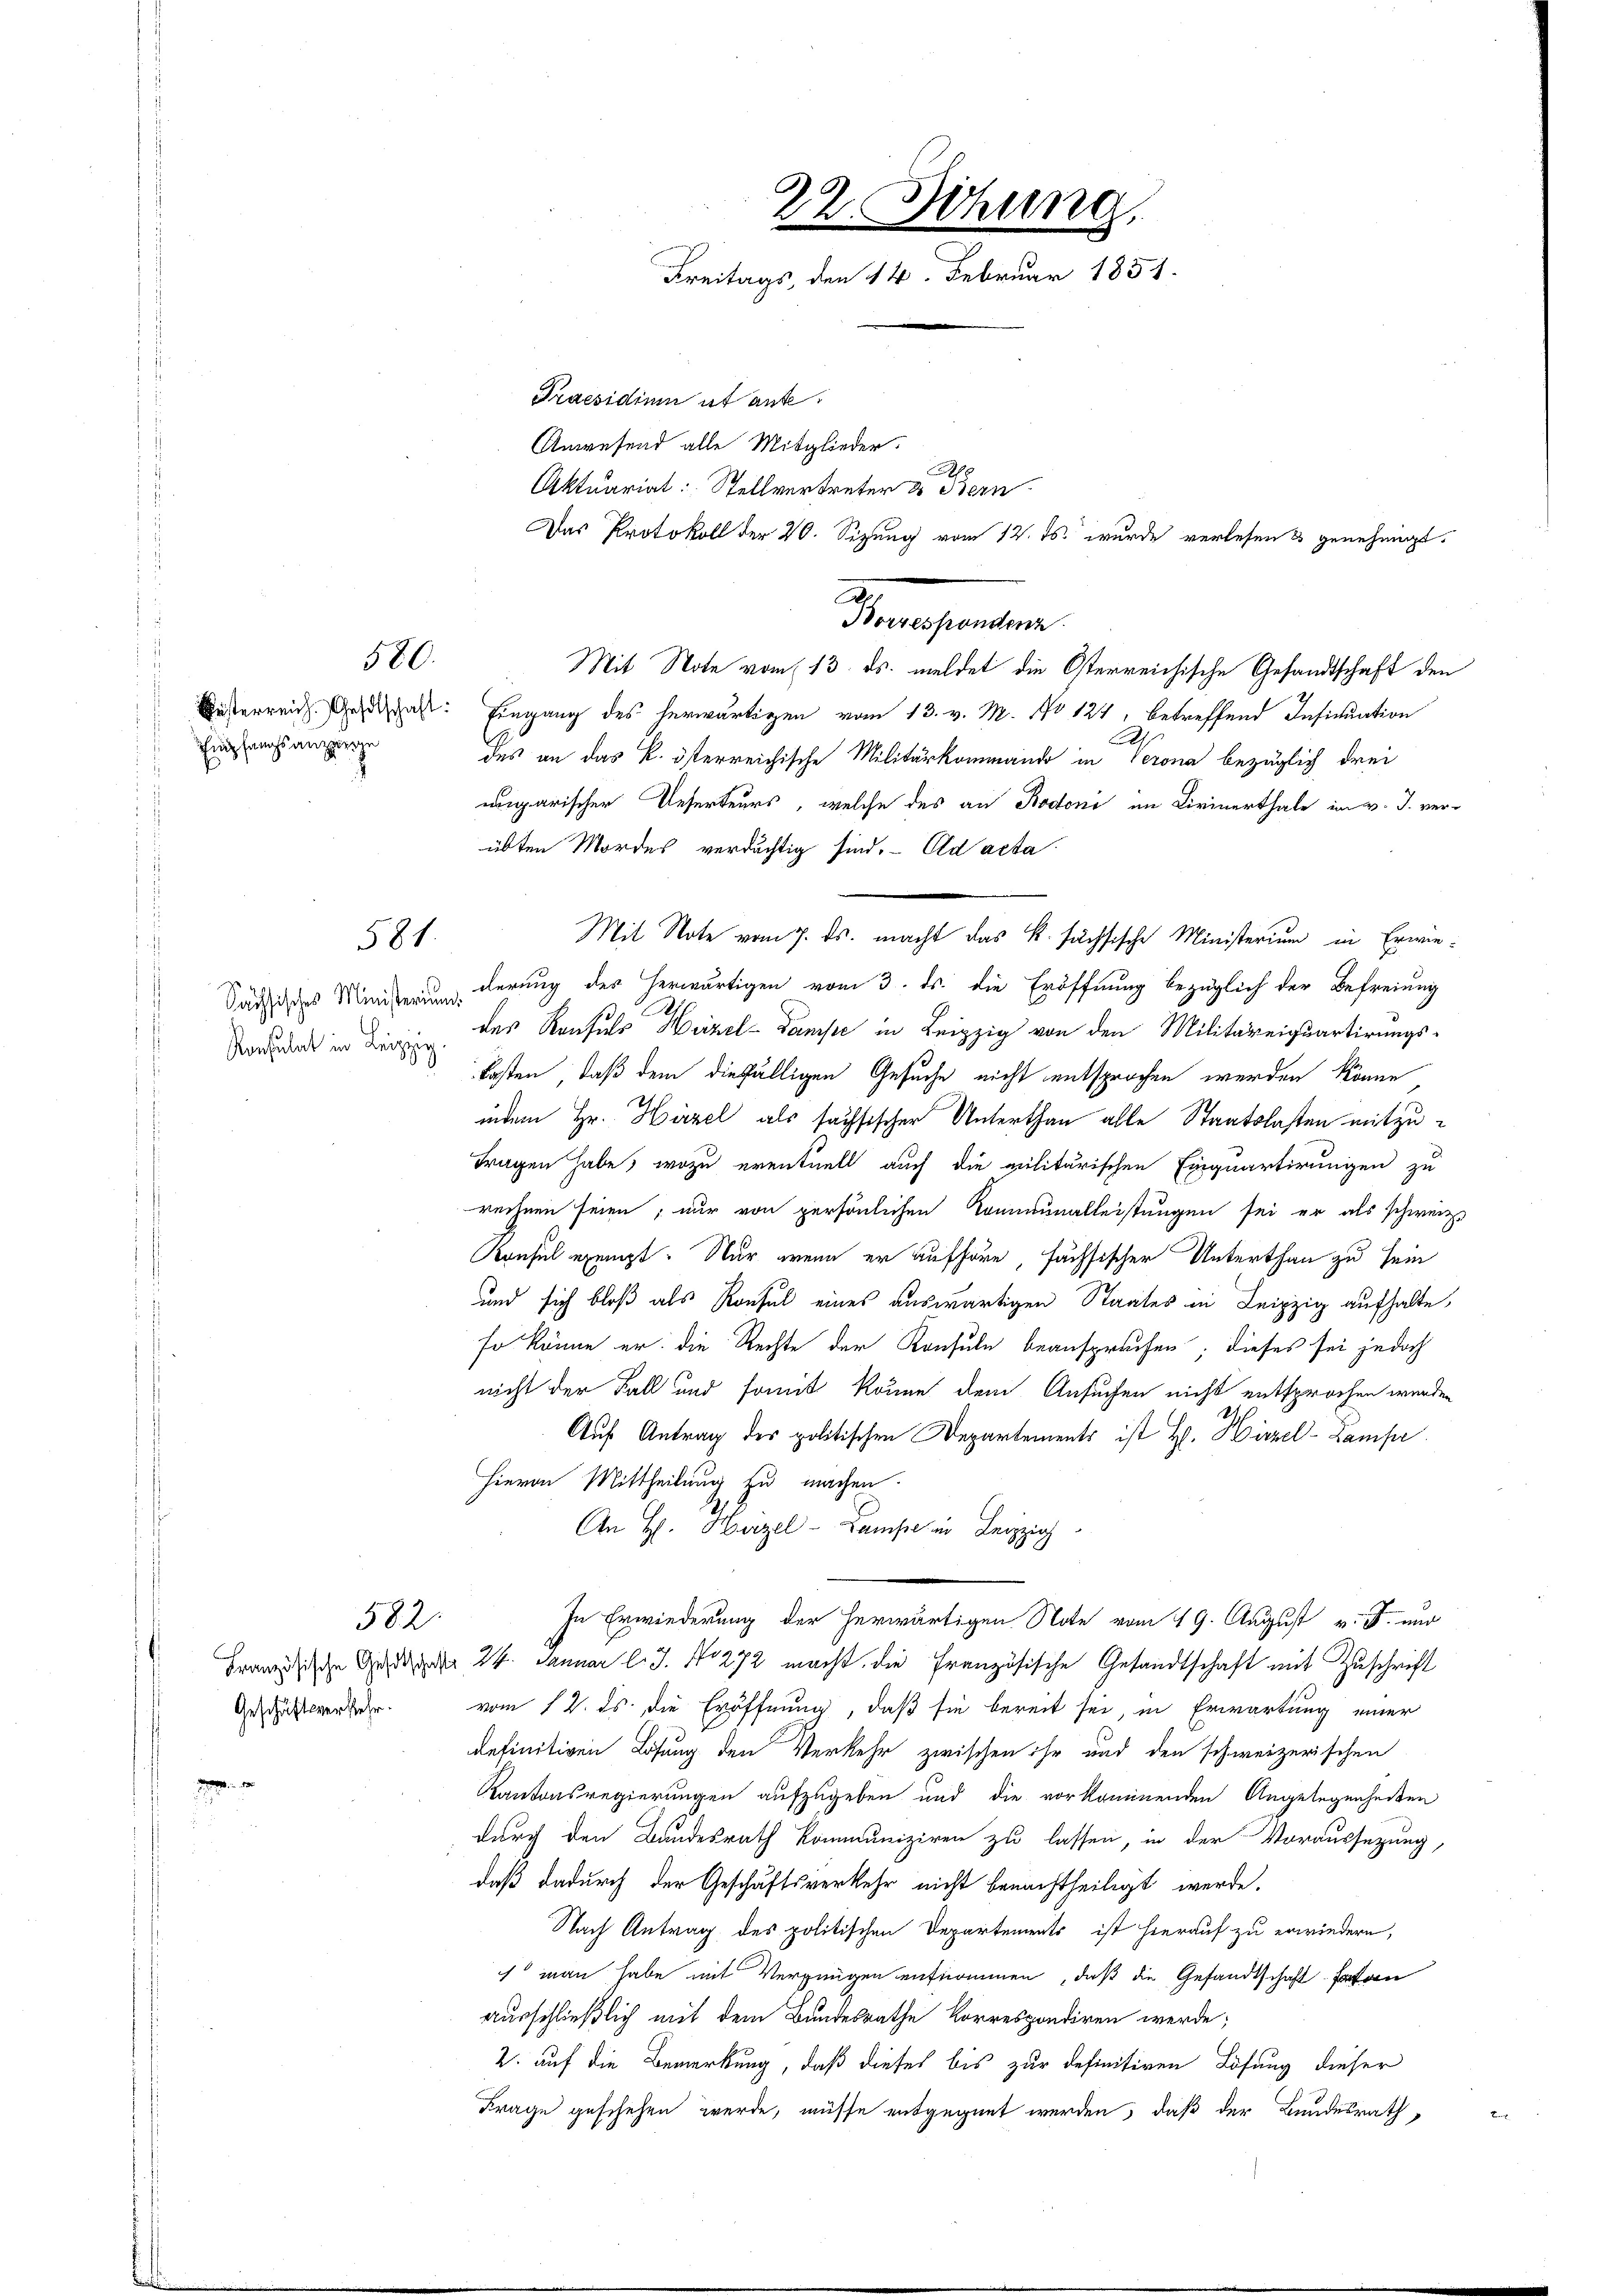
580.

Empfangsanzeige

581.

Sächsisches Ministerium.
Konsulat in Leipzig.

582.

Geschäftsverkehr.

Mit Note vom 13. ds. meldet die Osterreichische Gesandtschaft den
Gesterreich das Eingang des herwärtigen vom 13. v. M. No 124, betreffend Insinuation
des an das k. österreichische Militärkommando in Verona bezüglich drei
ngarischer Reserteurs, welche des an Bodoni im Cirinerthale im v. J. ver-
übten Mordes verdächtig sind. Ad acta
derung des herwärtigen vom 3. ds. die Eröffnung bezüglich der Befreiung
des Konsuls Hirzel-Dampe in Leipzig von den Militareiquartirungskosten, daß dem diefälligen Gesuche nicht entsprochen werden könne
indem Hr. Hirzel als sachsischer Unterthan alle Staatslasten mitzutragen habe; wozu eventuell auch die militärischen Einquartirungen zu
rechnen seien; nur von persönlichen Kommunalleistungen sei er als schweize
Konsul erzeugt. Nur wenn er aufhöre, fachsischer Unterthan zu sein
und sich bloß als Konsul eines auswärtigen Staates in Leipzig aufhalte,
so könne er die Rechte der Konsuln beansprechen; dieses sei jedoch
nicht der Fall und somit könne dem Ansuchen nicht entsprochen werden
Auf Antrag des politischen Departements ist H. Hirzel-Lampe
hievon Mittheilung zu machen.
An H. Herzel - Dans in Leipzi
In Erwiederung der herwärtigen Note vom 19. August v. J. nur
Franzische Gesetzes 24. Januar l. J. No 272 macht, die Französische Gesandtschaft mit Zuschrift
vom 12. ds. die Eröffnung, daß sie bereit sei, in Erwartung einer
definitiven Lösung den Verkehr zwischen ihr und den schweizerischen
Kantonsregierungen aufzugeben und die vorkommenden Angelegenheiten
durch den Bundesrath Kommuniziren zu lassen, in der Voraussetzung,
daß dadurch der Geschäftsverkehr nicht benachtheiligt werde.
Nach Antrag des politischen Departements ist hierauf zu erwiedern,
ch man habe mit Vergnügen aufnommen, daß die Gesandtschaft fatan
ausschließlich mit dem Bundesrathe Korrespondiren werde;
2. auf die Bemerkung, daß dieses bis zur definitiven Lösung dieser
Frage geschehen werde, müsse entgegnet werden, daß der Bundesrath

22. Sitzung.
Freitags, den 14. Februar 1851.
Praesidium et ante
Anwesend alle Mitglieder.
Aktuariat: Stellvertreter & Bern
Das Protokoll der 20. Sizung vom 12. ds. wurde verlesen & genehmigt.

Sensarten

Mit Note vom 7. ds. macht das K. sächsische Ministerium in Erwie¬